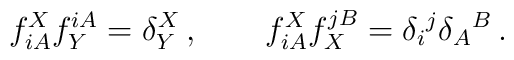
f_{iA}^X f^{iA}_Y=\delta _Y^X\,,\qquad  f^X_{iA}f^{jB}_X=\delta _i{}^j\delta  _A{}^B\, .